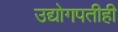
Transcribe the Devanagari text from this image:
उद्योगपतीही